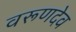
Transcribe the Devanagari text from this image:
वरूणदेव